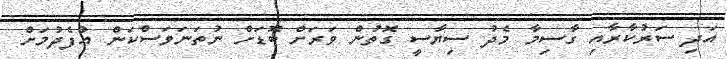
އަދި ސަރުކާރާއި ގާސިމާ މެދު ސިޔާސީ ގޮތުން ވަރަށް ބޮޑަށް ނުތަނަވަސްކަން އުފެދުމަށް